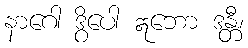
နာဂေါ ဒွိပေါ ဣဘော ဒန္တီ၊